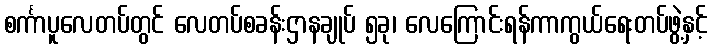
စင်္ကာပူလေတပ်တွင် လေတပ်စခန်းဌာနချုပ် ၅ခု၊ လေကြောင်းရန်ကာကွယ်ရေးတပ်ဖွဲ့နှင့်